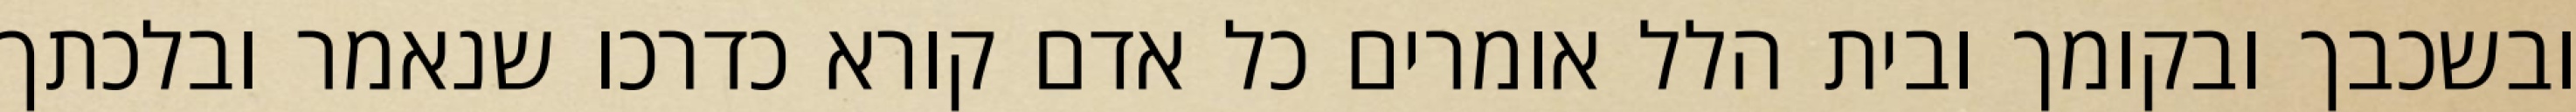
ובשכבך ובקומך ובית הלל אומרים כל אדם קורא כדרכו שנאמר ובלכתך